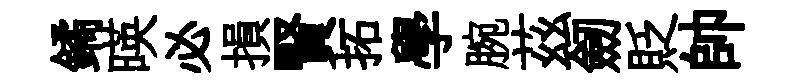
鐍暎必損賢拓學腕茲劒貶帥